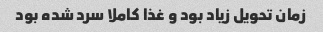
زمان تحویل زیاد بود و غذا کاملا سرد شده بود